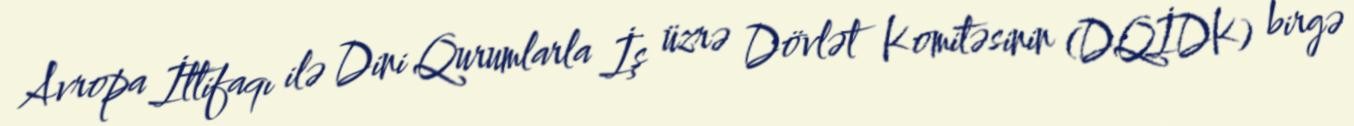
Avropa İttifaqı ilə Dini Qurumlarla İş üzrə Dövlət Komitəsinin (DQİDK) birgə